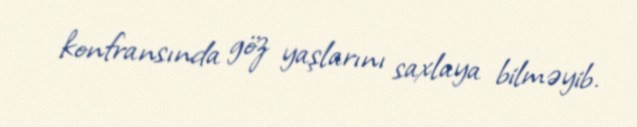
konfransında göz yaşlarını saxlaya bilməyib.